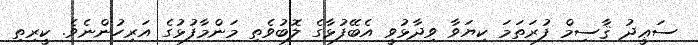
ސަޢީދު ޤާސިމް ފުރަތަމަ ކިޔަވާ ވިދާޅުވީ އެބޭފުޅާގެ ލޮބުވެތި މަންމާފުޅުގެ އަރިހުންނެވެ. ކީރިތި